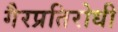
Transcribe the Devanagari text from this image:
गैरप्रतिरोधी